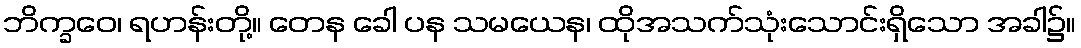
ဘိက္ခဝေ၊ ရဟန်းတို့။ တေန ခေါ ပန သမယေန၊ ထိုအသက်သုံးသောင်းရှိသော အခါ၌။